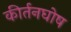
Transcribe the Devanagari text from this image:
कीर्तनघोष